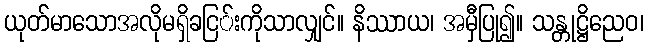
ယုတ်မာသောအလိုမရှိခငြ်းကိုသာလျှင်။ နိဿာယ၊ အမှီပြု၍။ သန္တုဋ္ဌိညေဝ၊